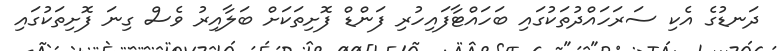
ދަނޑުގެ އެކި ސަރަހައްދުތަކުގައި ބަހައްޓާފައިހުރި ފަންޑް ފޮށިތަކަށް ބަލާއިރު ވެސް ގިނަ ފޮށިތަކުގައި